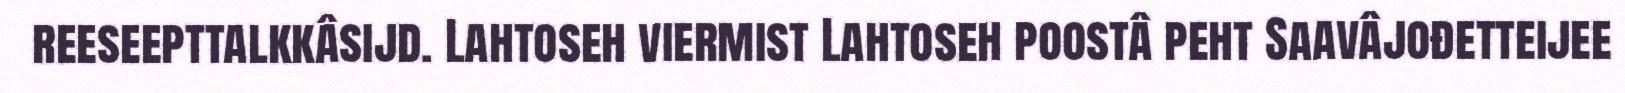
reeseepttalkkâsijd. Lahtoseh viermist Lahtoseh poostâ peht Saavâjođetteijee